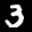
Label: 3